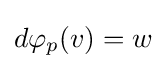
d\varphi _{p}(v)=w